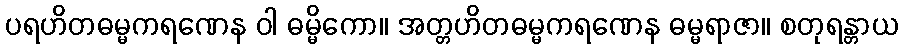
ပရဟိတဓမ္မကရဏေန ဝါ ဓမ္မိကော။ အတ္တဟိတဓမ္မကရဏေန ဓမ္မရာဇာ။ စတုရန္တာယ